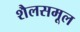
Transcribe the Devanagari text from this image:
शैलसमूल